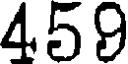
459